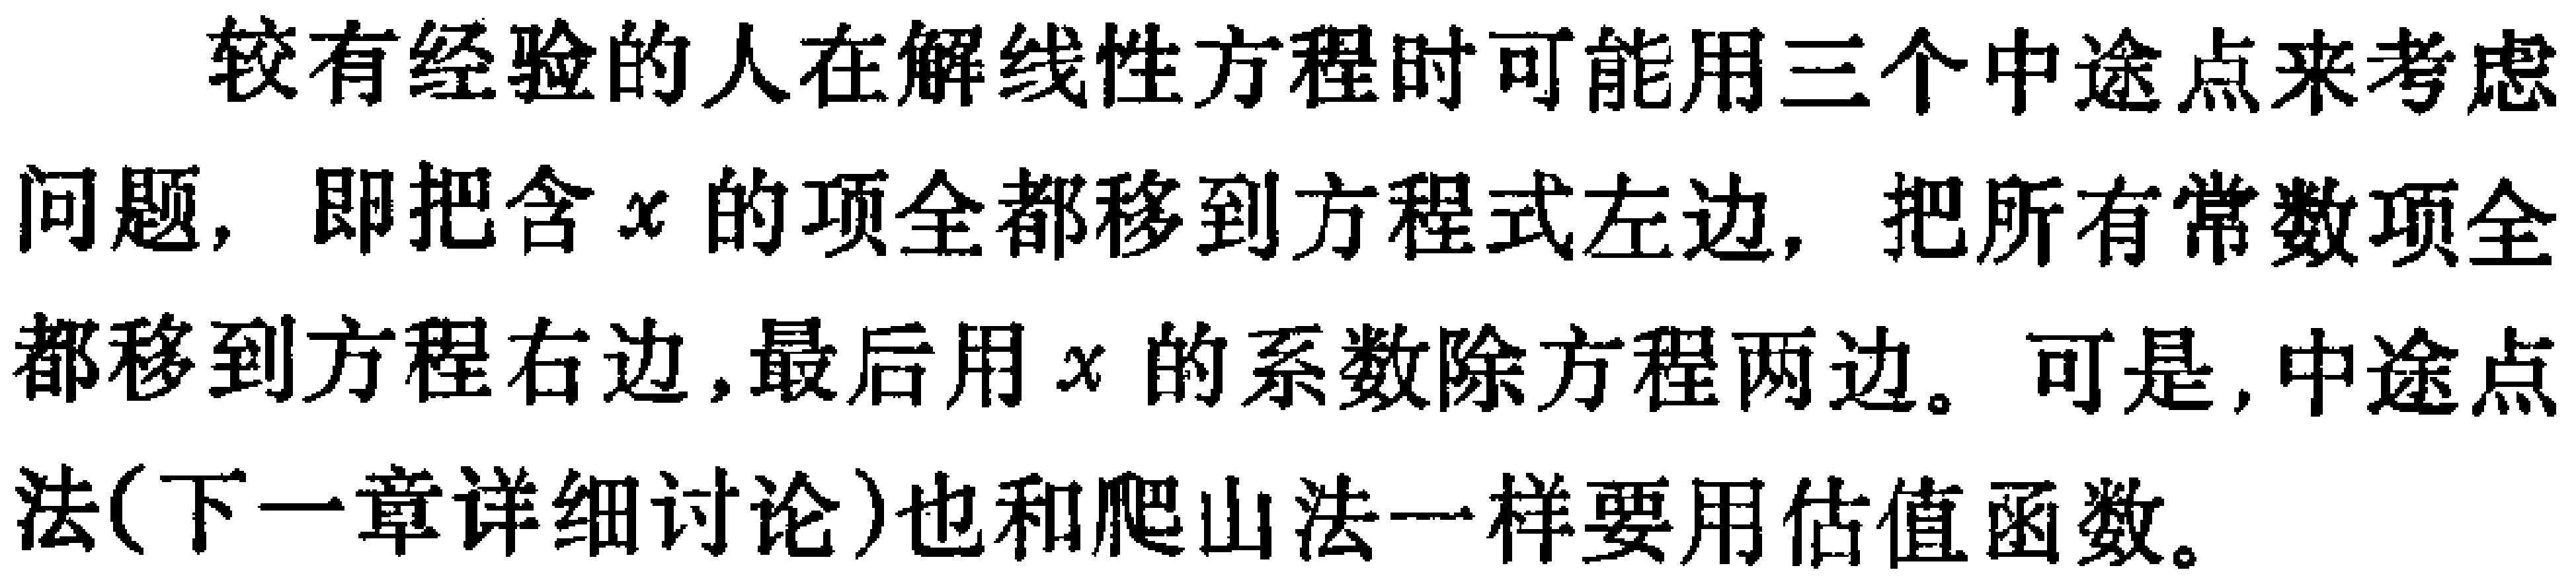
较有经验的人在解线性方程时可能用三个中途点来考虑问题，即把含\(x\)的项全都移到方程式左边，把所有常数项全都移到方程右边,最后用\(x\)的系数除方程两边。可是,中途点法(下一章详细讨论)也和爬山法一样要用估值函数。